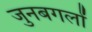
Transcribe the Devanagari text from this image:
जुनबगलों